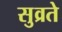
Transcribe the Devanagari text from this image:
सुव्रते